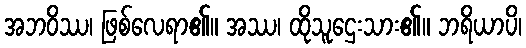
အဘဝိဿ၊ ဖြစ်လေရာ၏။ အဿ၊ ထိုသူဌေးသား၏။ ဘရိယာပိ၊